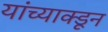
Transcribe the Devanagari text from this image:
यांच्याक्डून